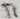
Text: T1